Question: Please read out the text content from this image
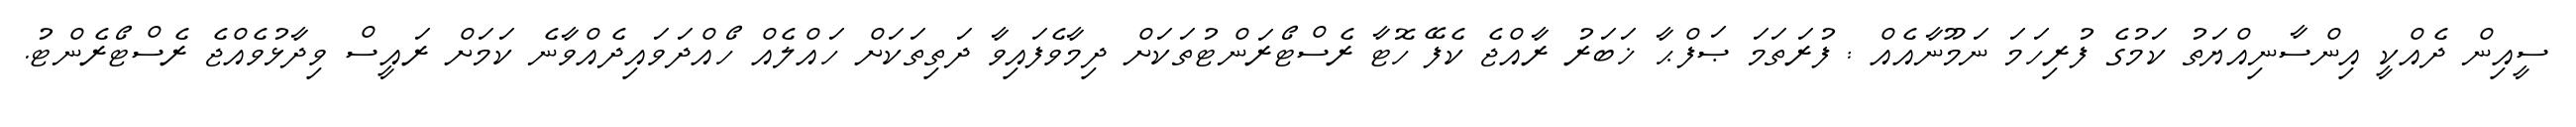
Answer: ސީއިން ދެއްކީ އިންސާނިއްޔަތު ކަމުގެ ފުރިހަމަ ނަމޫނާއެއް : ފުރަތަމަ ޞަފްޙާ ޚަބަރު ރާއްޖެ ކެފޭ ހޮޓާ ރެސްޓޯރަންޓުތަކަށް ދިމާވެފައިވާ ދަތިތަކަށް ހައްލެއް ހޯއްދަވައިދެއްވާނެ ކަމަށް ރައީސް ވިދާޅުވެއްޖެ ރެސްޓޯރެންޓު.